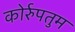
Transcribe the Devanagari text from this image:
कोर्रुपतुम